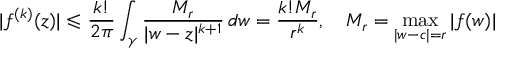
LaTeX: | f ^ { ( k ) } ( z ) | \leqslant { \frac { k ! } { 2 \pi } } \int _ { \gamma } { \frac { M _ { r } } { | w - z | ^ { k + 1 } } } \, d w = { \frac { k ! M _ { r } } { r ^ { k } } } , \quad M _ { r } = \operatorname* { m a x } _ { | w - c | = r } | f ( w ) |